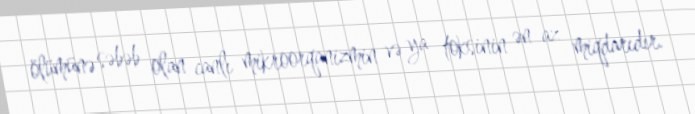
ölümünə səbəb olan canlı mikroorqanizmin və ya toksinin ən az miqdarıdır.